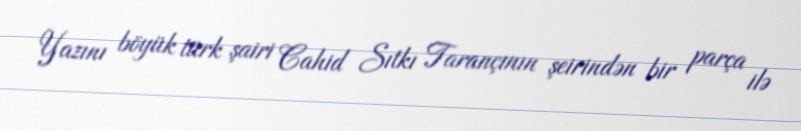
Yazını böyük türk şairi Cahid Sıtkı Tarançının şeirindən bir parça ilə